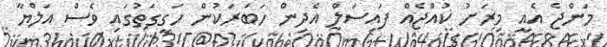
މަންޖެ އެއީ މިރަށު ކުއްޖެއް ފައިސަލް އެދިން ހަބަރަކުން ހަގީގަތުގައި ވެސް އަލްޔާ